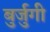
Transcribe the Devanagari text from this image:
बुर्जुगी